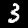
Label: 3